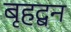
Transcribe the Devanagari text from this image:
बृहद्बन